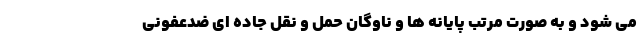
می شود و به صورت مرتب پایانه ها و ناوگان حمل و نقل جاده ای ضدعفونی